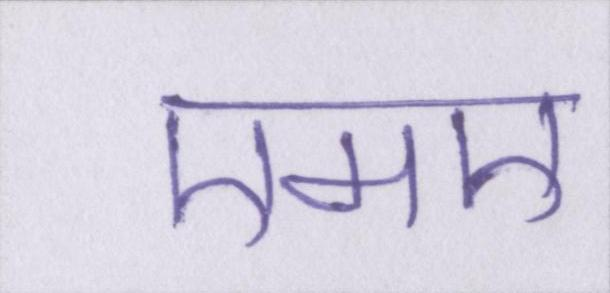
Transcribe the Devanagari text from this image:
एमए